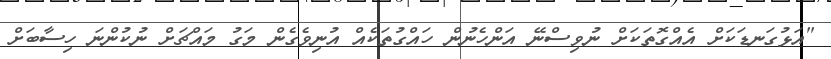
"އަޅުގަނޑަކަށް އެއްގޮތަކަށް ނުވިސްނޭ އަންހެނުން ހައްގުތަކެއް އުނިވެގެން މަގު މައްޗަށް ނުކުންނަ ހިސާބަށް